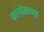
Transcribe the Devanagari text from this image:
कांग्रेसच्या